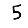
Digit: 5